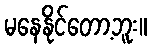
မနေနိုင်တော့ဘူး။